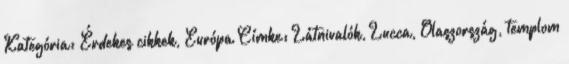
Kategória: Érdekes cikkek, Európa Címke: Látnivalók, Lucca, Olaszország, templom